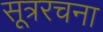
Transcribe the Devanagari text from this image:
सूत्ररचना